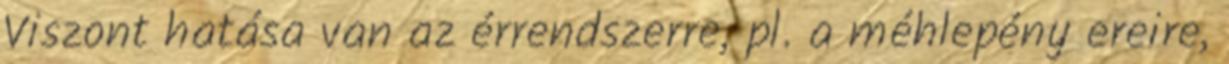
Viszont hatása van az érrendszerre, pl. a méhlepény ereire,